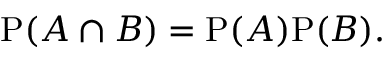
\mathrm { P } ( A \cap B ) = \mathrm { P } ( A ) \mathrm { P } ( B ) .